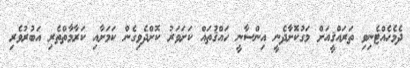
ދެމެހެއްޓެނިވި ތަރައްޤީއަށް މަގުކޮށާދެނީ އިންސާނީ ހައްޤުތައް ކަށަވަރު ކޮށްދެވިގެން ކަމަށާއި ކަރާމާތްތެރި އަބުރުވެރި